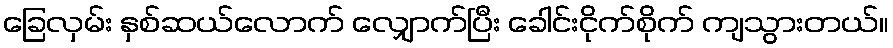
ခြေလှမ်း နှစ်ဆယ်လောက် လျှောက်ပြီး ခေါင်းငိုက်စိုက် ကျသွားတယ်။